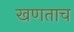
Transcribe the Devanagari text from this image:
खणताच